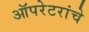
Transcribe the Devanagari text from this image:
ऑपरेटरांचे